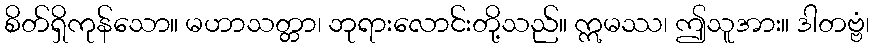
စိတ်ရှိကုန်သော။ မဟာသတ္တာ၊ ဘုရားလောင်းတို့သည်။ ဣမဿ၊ ဤသူအား။ ဒါတဗ္ဗံ၊